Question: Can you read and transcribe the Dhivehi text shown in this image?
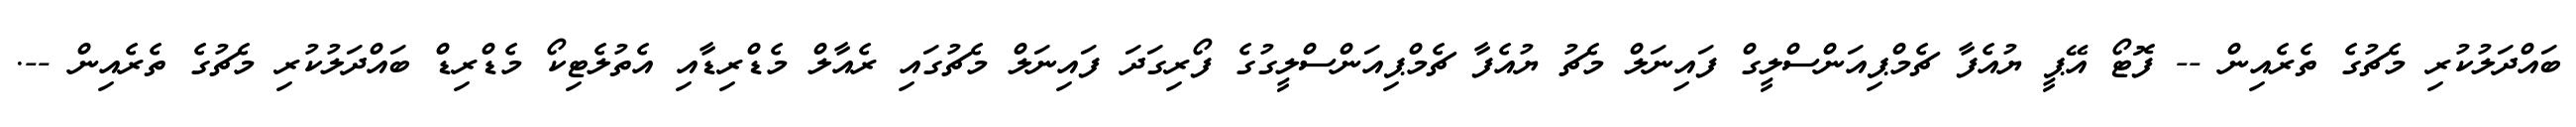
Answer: ބައްދަލުކުރި މެޗުގެ ތެރެއިން -- ފޮޓޯ އޭޕީ ޔުއެފާ ޗެމްޕިއަންސްލީގް ފައިނަލް މެޗު ޔުއެފާ ޗެމްޕިއަންސްލީގުގެ ފޯރިގަދަ ފައިނަލް މެޗުގައި ރެއާލް މެޑްރިޑާއި އެތުލެޓިކޯ މެޑްރިޑް ބައްދަލުކުރި މެޗުގެ ތެރެއިން --.